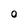
Character: 0